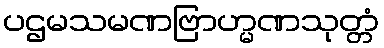
ပဌမသမဏဗြာဟ္မဏသုတ္တံ